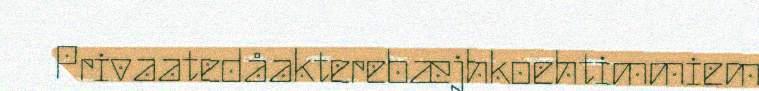
Privaatedåakterebæjhkoehtimmiem